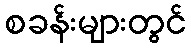
စခန်းများတွင်